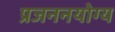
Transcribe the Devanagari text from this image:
प्रजननयोग्य